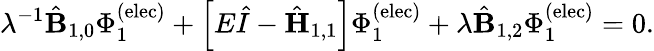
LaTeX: \lambda^{-1}\hat{\mathbf{B}}_{1,0}\Phi_{1}^{\mathrm{(elec)}}+\left[E\hat{I}-\hat{{\mathbf{H}}}_{1,1}\right]\Phi_{1}^{\mathrm{(elec)}}+\lambda\hat{\mathbf{B}}_{1,2}\Phi_{1}^{\mathrm{(elec)}}=0.